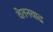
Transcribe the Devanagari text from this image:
वेतनवाढ